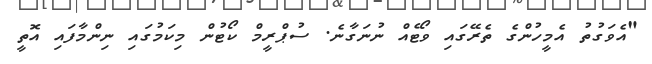
"އެވަގުތު އެމީހުންގެ ތެރޭގައި ވޯޓެއް ނުނަގާނެ. ސުޕްރީމް ކޯޓުން މިކަމުގައި ނިންމާފައި އޮތީ